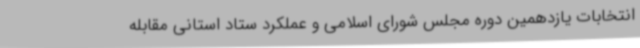
انتخابات یازدهمین دوره مجلس شورای اسلامی و عملکرد ستاد استانی مقابله